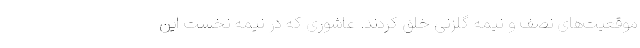
موقعیت‌های نصف و نیمه گلزنی خلق کردند. عاشوری که در نیمه نخست این